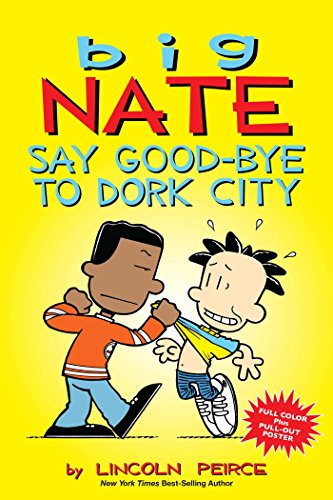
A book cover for Big Nate: Say Good-bye to Dork City; Lincoln Peirce; Children's Books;